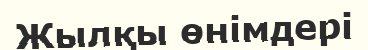
Жылқы өнімдері